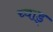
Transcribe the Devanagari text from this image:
च्वाड्